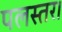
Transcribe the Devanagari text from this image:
पलस्तर।